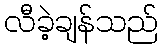
လီခဲ့ချန်သည်